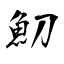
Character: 魛